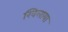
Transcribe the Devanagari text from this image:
खिलाया